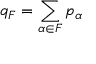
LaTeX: q _ { F } = \sum _ { \alpha \in F } p _ { \alpha }